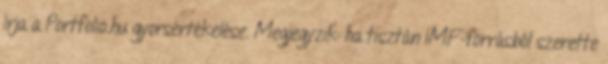
írja a Portfolio.hu gyorsértékelése. Megjegyzik: ha tisztán IMF-forrásból szerette